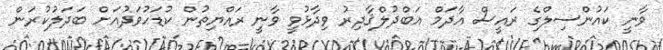
ވާނީ ކައުންސިލްގެ ރައީސް އާދަމް އަބްދުލްޤާދިރު ވިދާޅުވީ ވާނީ ރައްޔިތުން ކުޑަހުވަދުއަށް ބަދަލުކުރަން